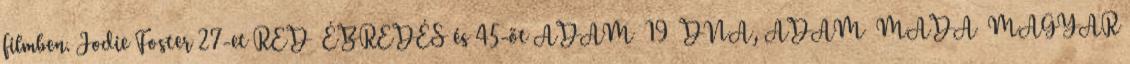
filmben. Jodie Foster 27-et RED ÉBREDÉS és 45-öt ADAM 19 DNA, ADAM MADA MAGYAR